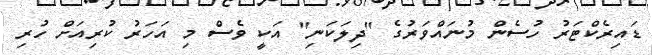
ޑައިރެކްޓަރު ހުސެން މުނައްވަރުގެ "ދިލަކަނި" އަކީ ވެސް މި އަހަރު ކުރިއަށް ހުރި